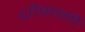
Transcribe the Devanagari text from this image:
धीकानी